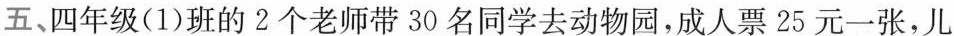
五、四年级(1)班的2个老师带30名同学去动物园，成人票25元一张，儿